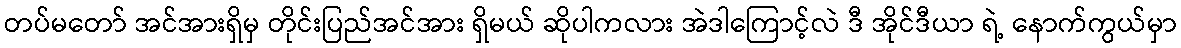
တပ်မတော် အင်အားရှိမှ တိုင်းပြည်အင်အား ရှိမယ် ဆိုပါကလား အဲဒါကြောင့်လဲ ဒီ အိုင်ဒီယာ ရဲ့ နောက်ကွယ်မှာ